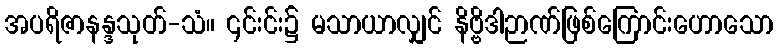
အပရိဇာနန္ဒသုတ်-သံ။ ၎င်းင်း၌ မသာယာလျှင် နိဗ္ဗိဒါဉာဏ်ဖြစ်ကြောင်းဟောသော